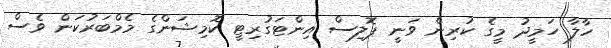
ހާލާ ހަމީދު މީގެ ކުރިން ވަނީ ޕޮލިސް އިންޓަގުރިޓީ ކޮމިޝަންގެ މެމްބަރުކަން ވެސް